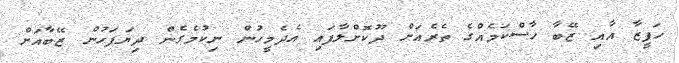
ހަފީޒާ އާއި ޒޭބާ ހާސްކަމެއްގެ ތެރެއަށް ދޫކޮށްލާފައި އެދެމީހުން ނިކުމެގެން ދިޔަފަހުން ޒޭބާއަށް